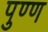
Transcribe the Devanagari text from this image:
पुण्ण